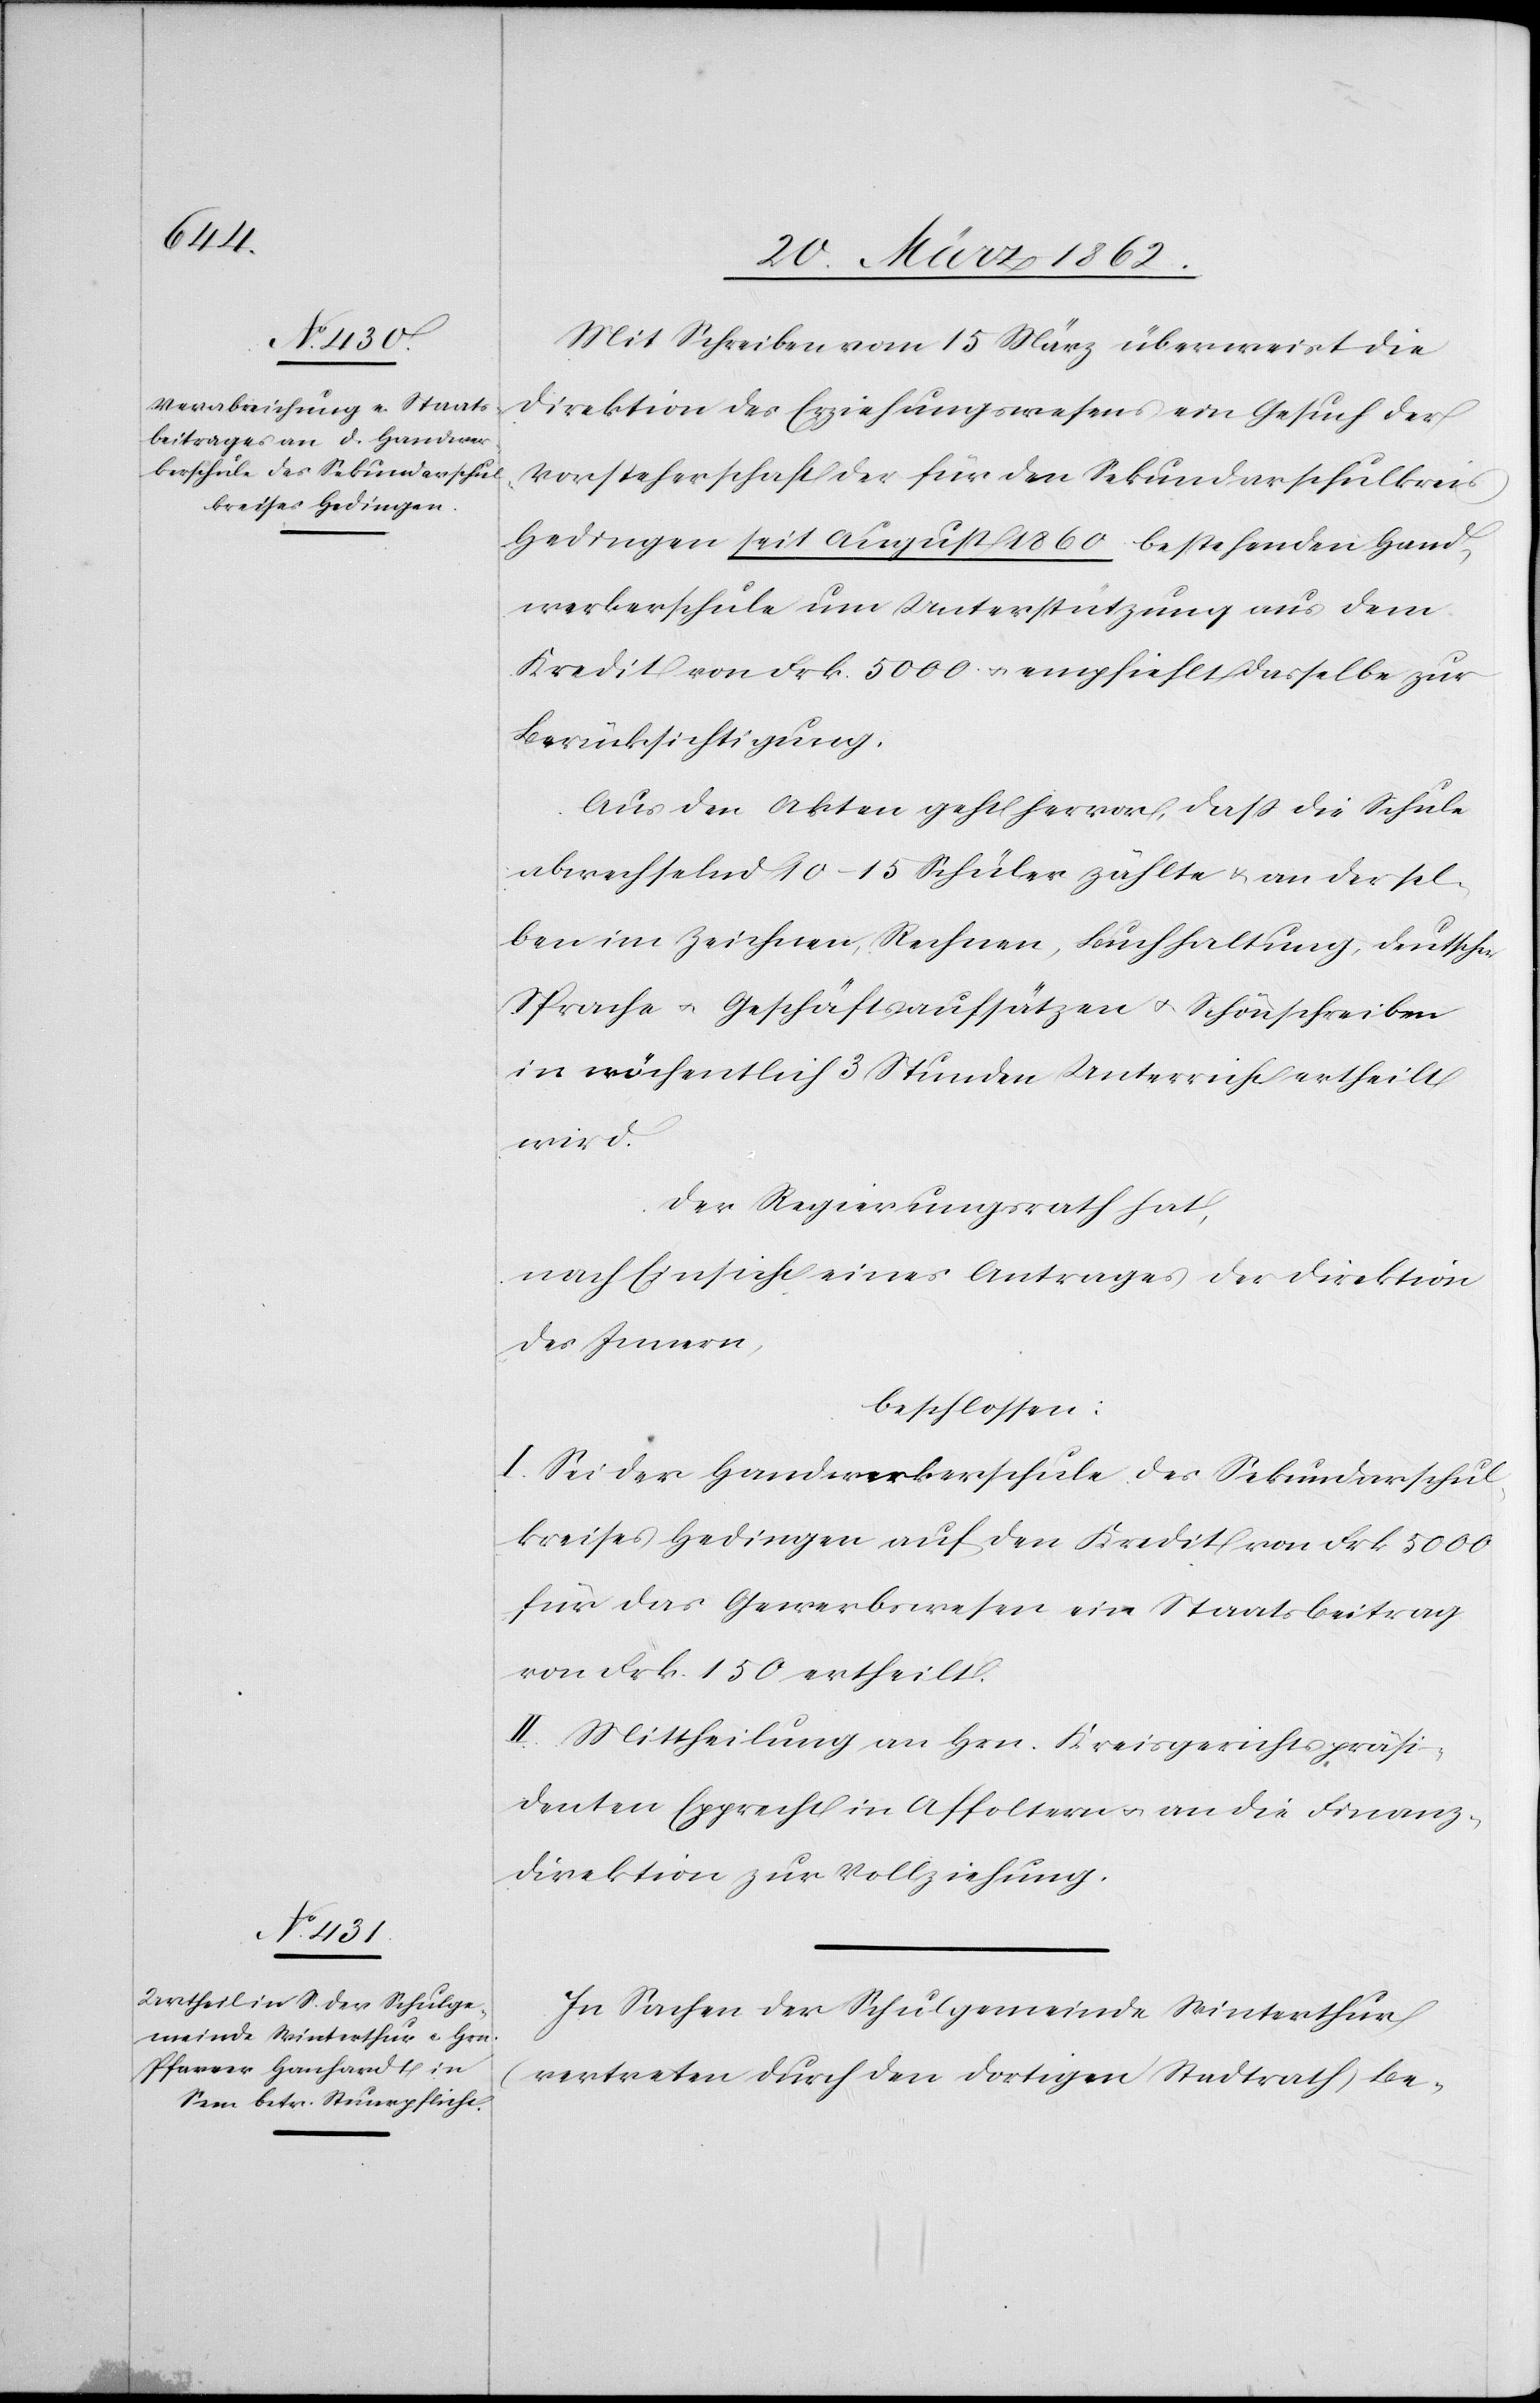
Mit Schreiben vom 15 März überweist die
Direktion des Erziehungswesens ein Gesuch der
Vorsteherschaft der für den Sekundarschulkreis
Hedingen seit August 1860 bestehenden Hand¬
werkerschule um Unterstützung aus dem
Kredit von Frk. 5000 u. empfiehlt dasselbe zur
Berücksichtigung.
Aus den Akten geht hervor, daß die Schule
abwechselnd 10–15 Schüler zählte & an dersel¬
ben im Zeichnen, Rechnen, Buchhaltung, deutscher
Sprache u. Geschäftsaufsätzen u. Schönschreiben
in wöchentlich 3 Stunden Unterricht ertheilt
wird.
Der Regierungsrath hat,
nach Einsicht eines Antrages der Direktion
des Innern,
beschlossen:
I. Sei der Handwerkerschule des Sekundarschul¬
kreises Hedingen auf den Kredit von Frk. 5000
für das Gewerbswesen ein Staatsbeitrag
von Frk. 150 ertheilt.
II. Mittheilung an Hrn. Kreisgerichtspräsi¬
denten Epprecht in Affoltern u. an die Finanz¬
direktion zur Vollziehung.
In Sachen der Schulgemeinde Winterthur
(vertreten durch den dortigen Stadtrath) Be-